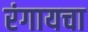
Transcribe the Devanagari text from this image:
रंगायचा